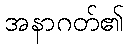
အနာဂတ်၏